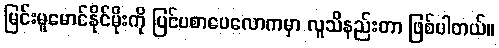
မြင်းမူမောင်နိုင်မိုးကို ပြင်ပစာပေလောကမှာ လူသိနည်းတာ ဖြစ်ပါတယ်။